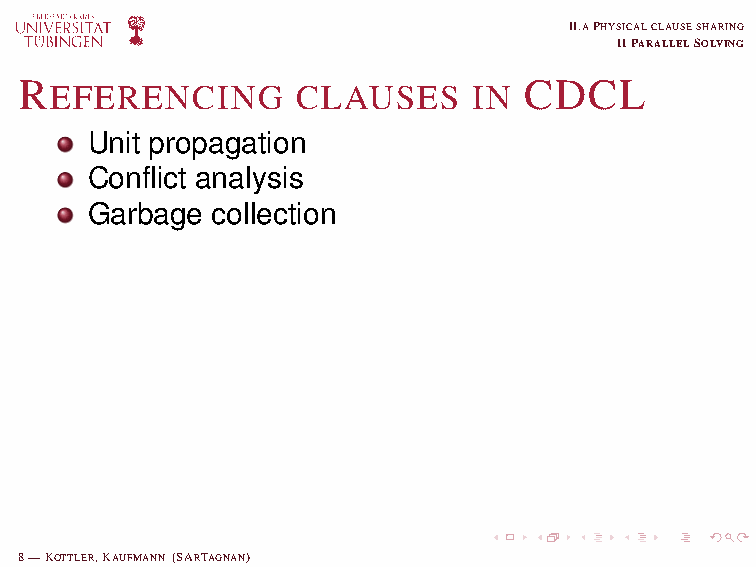
OBSERVATION
 Whenever a clause is referenced at least one
 watched literal is known
 LEMMA
 Two watched literals l ,l can be stored by one value:
 i j
 C  = l xor l .
 w   i    j
 (l xor C →l )
 i    w   j
 II.APHYSICALCLAUSESHARING
 IIPARALLELSOLVING
 R                                 CDCL
 EFERENCING       CLAUSES    IN
 Unit propagation
 Conflict analysis
 Garbage collection
 8—KOTTLER,KAUFMANN (SARTAGNAN)